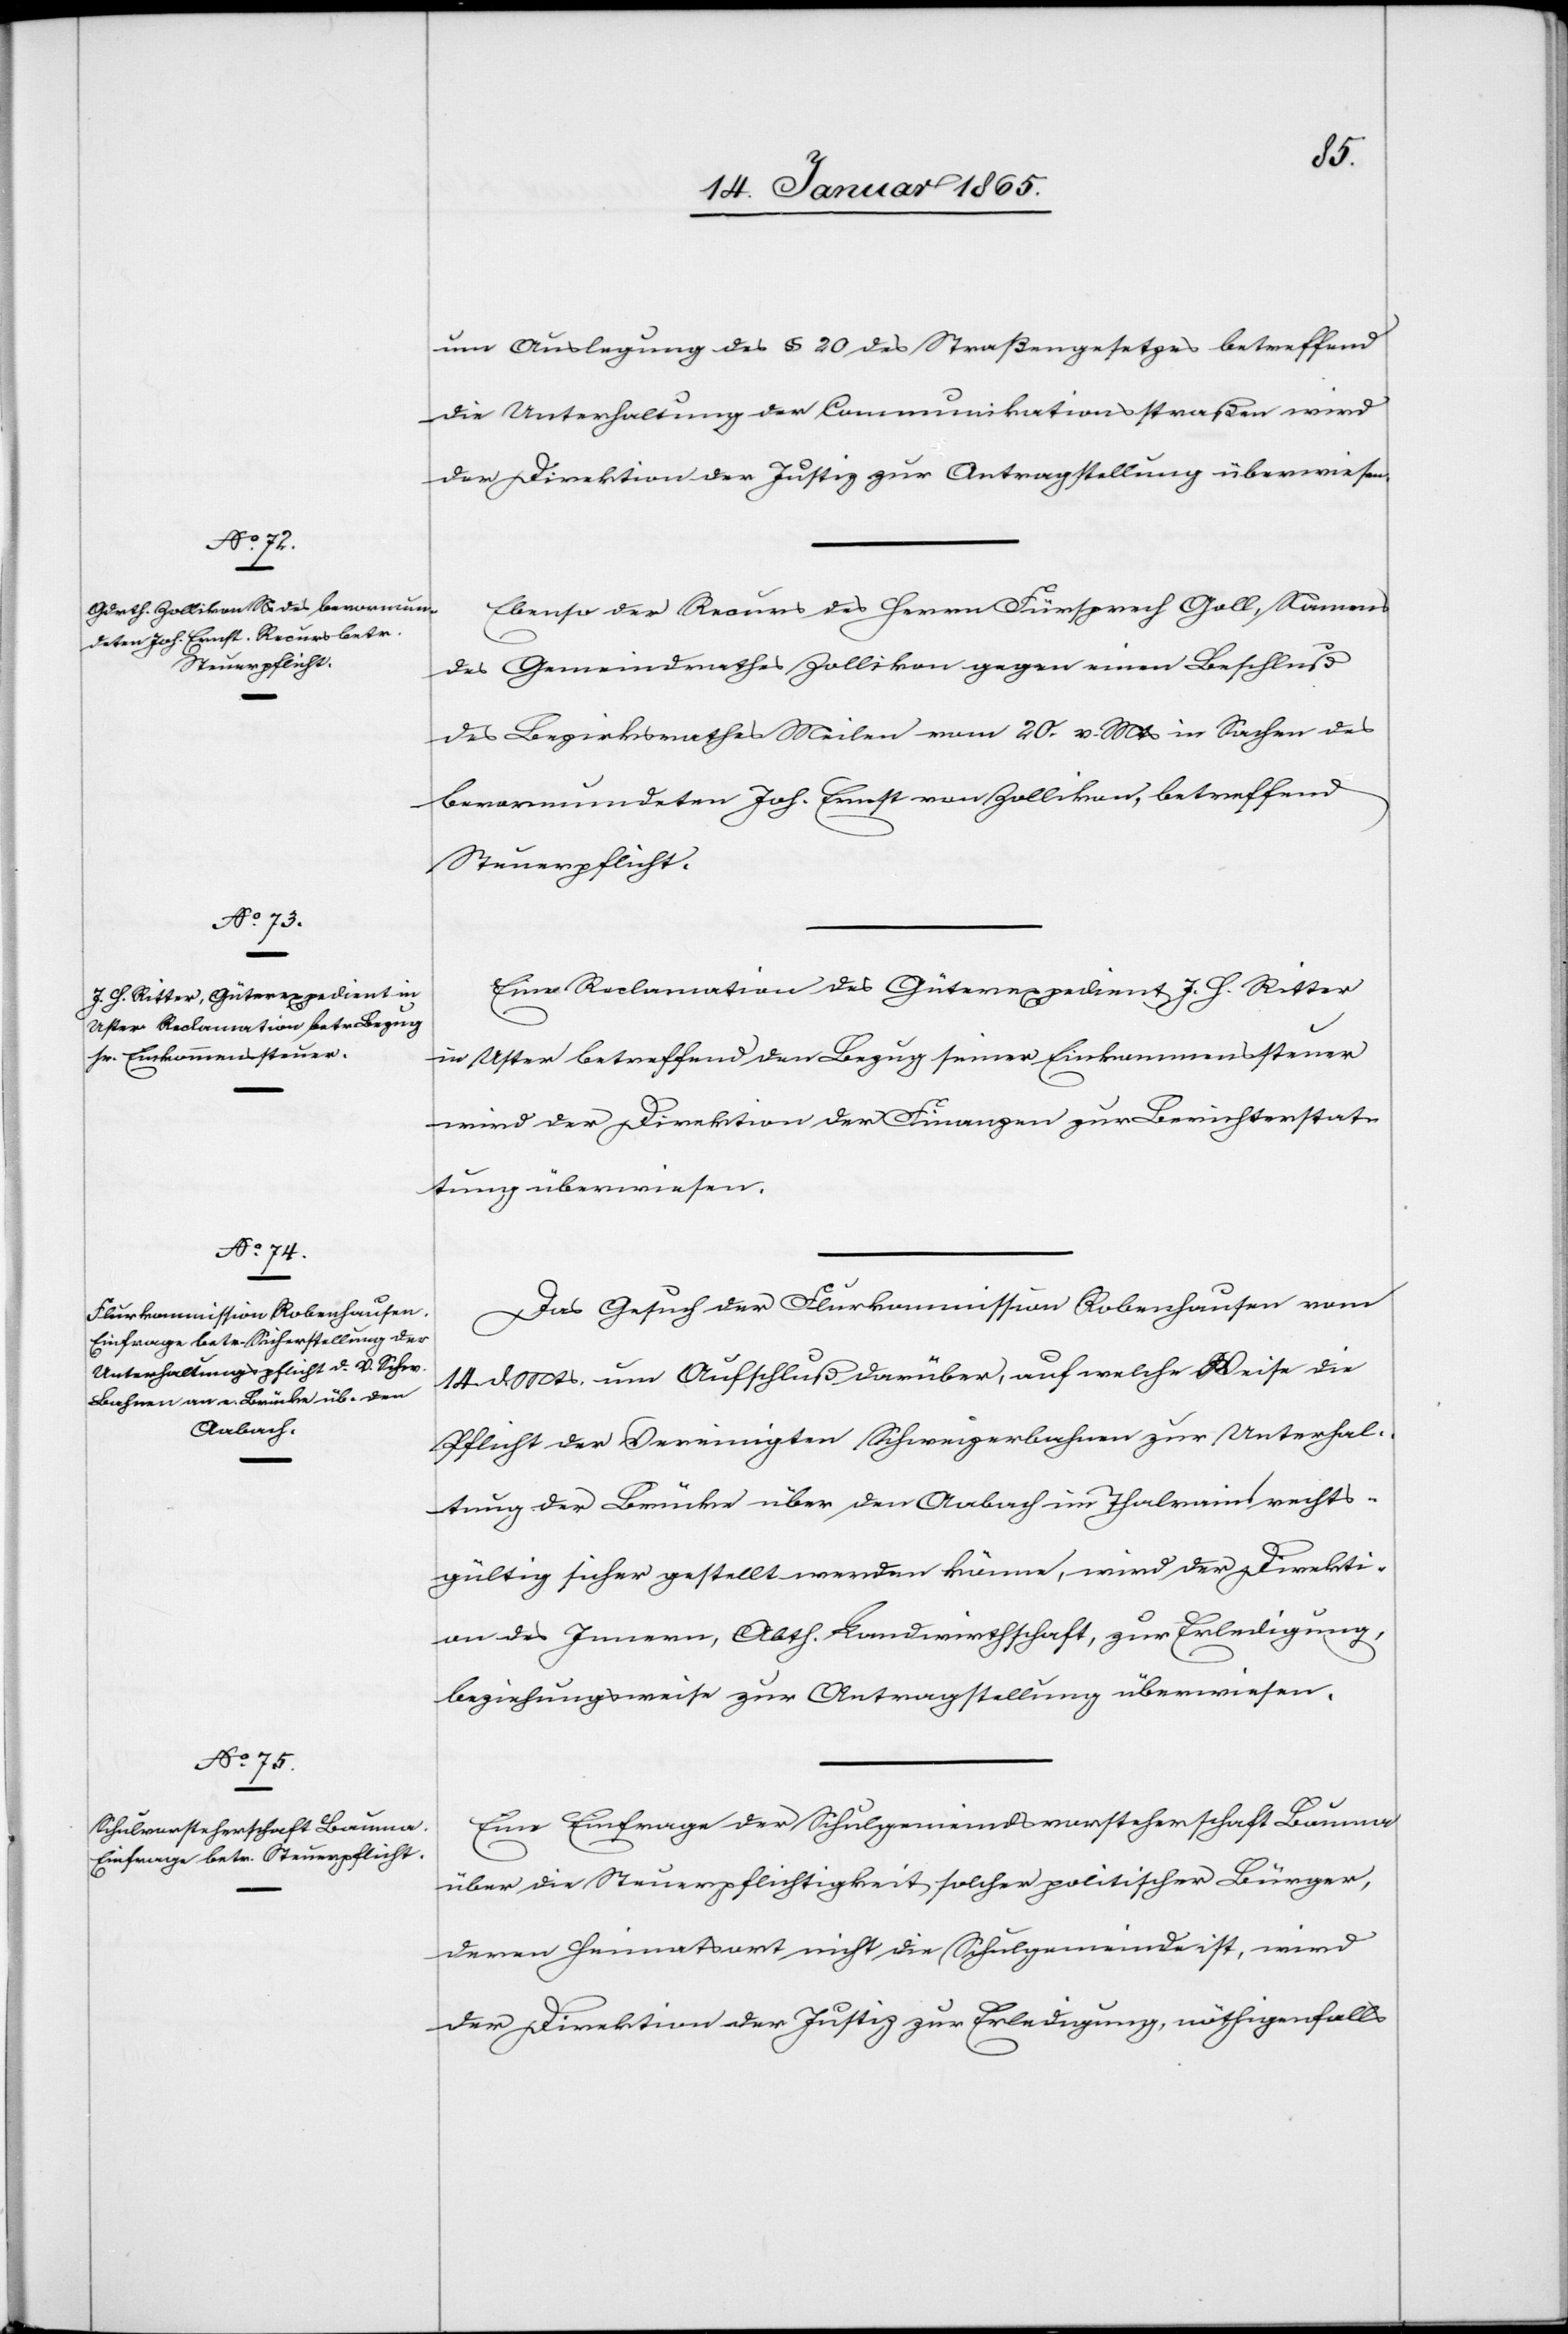
16. Januar 1865.]
um Auslegung des § 20 des Straßengesetzes betreffend
die Unterhaltung der Communikationsstraßen wird
der Direktion der Justiz zur Antragstellung überwiesen.
Ebenso der Recurs des Herrn Fürsprech Goll, Namens
des Gemeindrathes Zollikon gegen einen Beschluß
des Bezirksrathes Meilen vom 20. v. Mts in Sachen des
bevormundeten Joh. Ernst von Zollikon, betreffend
Steuerpflicht.
Eine Reclamation des Güterexpedient J. H. Ritter
in Uster betreffend den Bezug seiner Einkommenssteuer
wird der Direktion der Finanzen zur Berichterstat¬
tung überwiesen.
Das Gesuch der Flurkommission Robenhausen vom
14. d. Mts. um Aufschluß darüber, auf welche Weise die
Pflicht der Vereinigten Schweizerbahnen zur Unterhal¬
tung der Brücke über den Aabach im Thalrain rechts¬
gültig sicher gestellt werden könne, wird der Direkti¬
on des Innern, Abth. Landwirthschaft, zur Erledigung,
beziehungsweise zur Antragstellung überwiesen.
Eine Einfrage der Schulgemeindsvorsteherschaft Bauma
über die Steuerpflichtigkeit solcher politischer Bürger,
deren Heimatsort nicht die Schulgemeinde ist, wird
der Direktion der Justiz zur Erledigung, nöthigenfalls